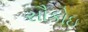
સૌકોઇ